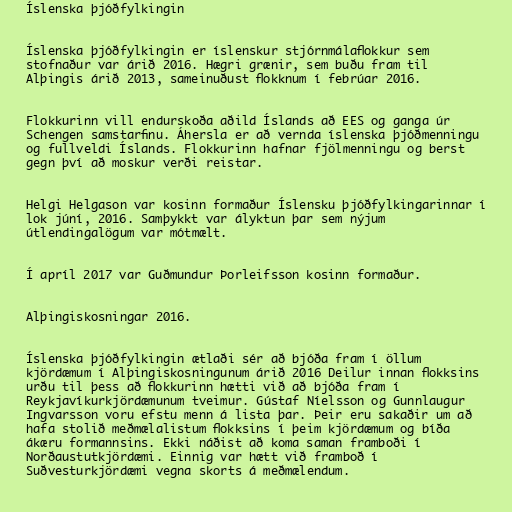
Íslenska þjóðfylkingin

Íslenska þjóðfylkingin er íslenskur stjórnmálaflokkur sem
stofnaður var árið 2016. Hægri grænir, sem buðu fram til
Alþingis árið 2013, sameinuðust flokknum í febrúar 2016.

Flokkurinn vill endurskoða aðild Íslands að EES og ganga úr
Schengen samstarfinu. Áhersla er að vernda íslenska þjóðmenningu
og fullveldi Íslands. Flokkurinn hafnar fjölmenningu og berst
gegn því að moskur verði reistar.

Helgi Helgason var kosinn formaður Íslensku þjóðfylkingarinnar í
lok júní, 2016. Samþykkt var ályktun þar sem nýjum
útlendingalögum var mótmælt.

Í apríl 2017 var Guðmundur Þorleifsson kosinn formaður.

Alþingiskosningar 2016.

Íslenska þjóðfylkingin ætlaði sér að bjóða fram í öllum
kjördæmum í Alþingiskosningunum árið 2016 Deilur innan flokksins
urðu til þess að flokkurinn hætti við að bjóða fram í
Reykjavíkurkjördæmunum tveimur. Gústaf Níelsson og Gunnlaugur
Ingvarsson voru efstu menn á lista þar. Þeir eru sakaðir um að
hafa stolið meðmælalistum flokksins í þeim kjördæmum og bíða
ákæru formannsins. Ekki náðist að koma saman framboði í
Norðaustutkjördæmi. Einnig var hætt við framboð í
Suðvesturkjördæmi vegna skorts á meðmælendum.